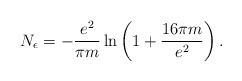
\begin{align*}N_{\epsilon}=-\frac{e^2}{\pi m}\ln\left(1+\frac{16\pi m}{e^2}\right).\end{align*}